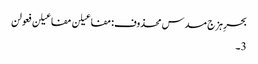
بحرِ ہزج مسدس محذوف:مفاعیلن مفاعیلن فعولن
3۔